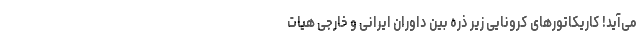
می‌آید! کاریکاتورهای کرونایی زیر ذره بین داوران ایرانی و خارجی هیات